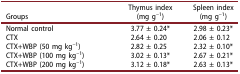
<table><thead><tr><td><b>Groups</b></td><td><b> </b></td><td><b>Thymus index(mg g<sup>–1</sup>)</b></td><td><b>Spleen index(mg g<sup>–1</sup>)</b></td></tr></thead><tbody><tr><td>Normal control</td><td> </td><td>3.77 ± 0.24*</td><td>2.98 ± 0.23*</td></tr><tr><td>CTX</td><td> </td><td>2.64 ± 0.20</td><td>2.06 ± 0.12</td></tr><tr><td>CTX+WBP (50 mg kg<sup>–1</sup>)</td><td> </td><td>2.82 ± 0.25</td><td>2.32 ± 0.10*</td></tr><tr><td>CTX+WBP (100 mg kg<sup>–1</sup>)</td><td> </td><td>3.02 ± 0.13*</td><td>2.67 ± 0.21*</td></tr><tr><td>CTX+WBP (200 mg kg<sup>–1</sup>)</td><td> </td><td>3.12 ± 0.18*</td><td>2.63 ± 0.13*</td></tr></tbody></table>